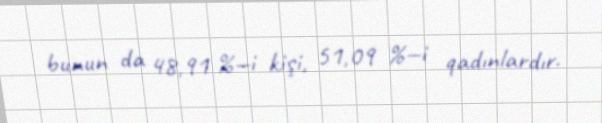
bunun da 48,91 %—i kişi, 51,09 %—i qadınlardır.